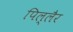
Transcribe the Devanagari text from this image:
पिल्लैर